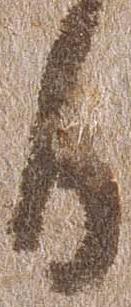
日